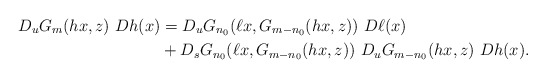
\begin{align*} D_uG_m(hx,z) \ Dh(x) &= D_uG_{n_0}(\ell x, G_{m-n_0}(hx,z)) \ D\ell(x) \\& + D_sG_{n_0}(\ell x, G_{m-n_0}(hx,z)) \ D_uG_{m-n_0}(hx,z) \ Dh(x).\end{align*}